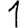
Digit: 1